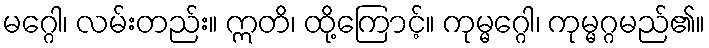
မဂ္ဂေါ၊ လမ်းတည်း။ ဣတိ၊ ထို့ကြောင့်။ ကုမ္မဂ္ဂေါ၊ ကုမ္မဂ္ဂမည်၏။